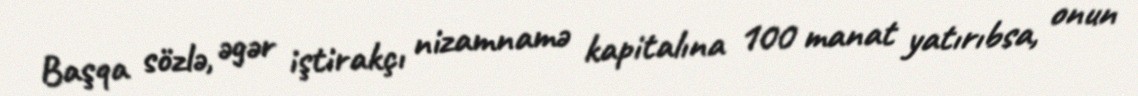
Başqa sözlə, əgər iştirakçı nizamnamə kapitalına 100 manat yatırıbsa, onun